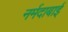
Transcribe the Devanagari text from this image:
नर्मदाबाई